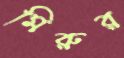
মিরুর